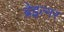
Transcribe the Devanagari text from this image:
ब्रेइत्नर